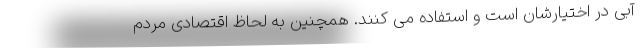
آبی در اختیارشان است و استفاده می کنند. همچنین به لحاظ اقتصادی مردم